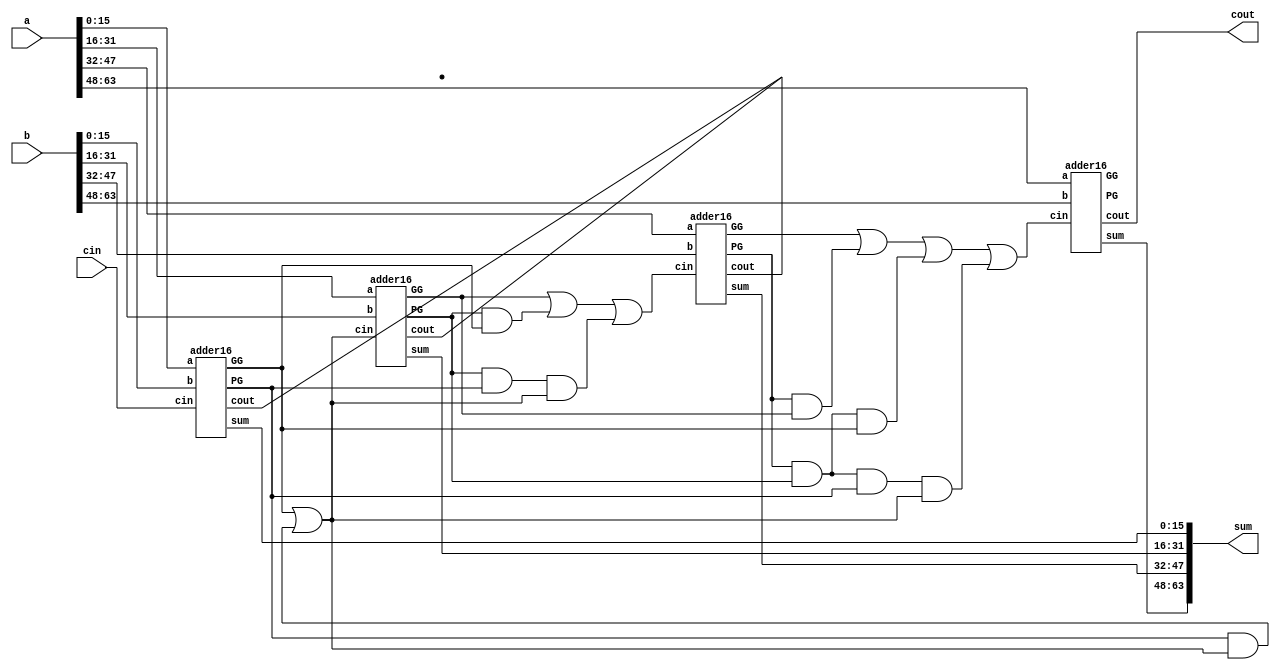

/*
cout,sum = a + b + cin
Carry Lookahead adder
INPUTS:
	a = bit 0
	b = bit 1
	cin = carry in bit
OUTPUTS:
	sum = bit 0 of output
	cout = carry out bit (bit 1 of output)
*/
module adder64(a, b, cin, sum, cout);
	//input declaration
	input [63:0] a, b;
	input cin;
	//output declaration
	output [63:0] sum;
	output cout;
	//port data types
	wire [63:0] a, b, sum;
	wire cin, cout;
	//internal wires
	wire [3:0] C, G, P;
	//code starts here

	//Carry Look-Ahead
	assign C[0] = G[0] | (P[0] & C[0]);
	assign C[1] = G[1] | (P[1] & G[0]) | (P[1] & P[0] & C[0]);
	assign C[2] = G[2] | (P[2] & G[1]) | (P[2] & P[1] & G[0]) | (P[2] & P[1] & P[0] & C[0]);

	//Sum
	adder16 Add0(.a(a[15:0]),	.b(b[15:0]),	.cin(cin),	.sum(sum[15:0]),	.cout(),		.PG(P[0]),	.GG(G[0]));
	adder16 Add1(.a(a[31:16]),	.b(b[31:16]),	.cin(C[0]),	.sum(sum[31:16]),	.cout(),		.PG(P[1]),	.GG(G[1]));
	adder16 Add2(.a(a[47:32]),	.b(b[47:32]),	.cin(C[1]),	.sum(sum[47:32]),	.cout(),		.PG(P[2]),	.GG(G[2]));
	adder16 Add3(.a(a[63:48]),	.b(b[63:48]),	.cin(C[2]),	.sum(sum[63:48]),	.cout(cout),	.PG(P[3]),	.GG(G[3]));

endmodule //adder64

/*
cout,sum = a + b + cin
Carry Lookahead adder
INPUTS:
	a = bit 0
	b = bit 1
	cin = carry in bit
OUTPUTS:
	sum = bit 0 of output
	cout = carry out bit (bit 1 of output)
*/
module adder32(a, b, cin, sum, cout);
	//input declaration
	input [31:0] a, b;
	input cin;
	//output declaration
	output [31:0] sum;
	output cout;
	//port data types
	wire [31:0] a, b, sum;
	wire cin, cout;
	//internal wires
	wire [1:0] C, G, P;
	//code starts here

	//Carry Look-Ahead
	assign C[0] = G[0] | (P[0] & C[0]);

	//Sum
	adder16 Add0(.a(a[15:0]),	.b(b[15:0]),	.cin(cin),	.sum(sum[15:0]),	.cout(),		.PG(P[0]),	.GG(G[0]));
	adder16 Add1(.a(a[31:16]),	.b(b[31:16]),	.cin(C[0]),	.sum(sum[31:16]),	.cout(),		.PG(P[1]),	.GG(G[1]));

endmodule //adder32

/*
cout,sum = a + b + cin
Carry Lookahead
INPUTS:
	a = 25 bits
	b = 25 bits
	cin = carry in bit
OUTPUTS:
	sum = 25 bits
	cout = carry out bit
*/
module adder25(a, b, cin, sum, cout);
	//input declaration
	input [24:0] a, b;
	input cin;
	//output declaration
	output [24:0] sum;
	output cout;
	//internal wires
	wire [2:0] C;
	wire [2:0] P, G;
	//code starts here
	//Carry Look-Ahead
	assign C[0] = G[0] | (P[0] & cin);
	assign C[1] = G[1] | (P[1] & G[0]) | (P[1] & P[0] & C[0]);
	assign C[2] = G[2] | (G[1] & P[2]) | (G[0] & P[1] & P[2]) | (C[0] & P[0] & P[1] & P[2]);

	// create 3 8-bit adders
	adder8 add0(.a(a[7:0]),		.b(b[7:0]),		.cin(cin),	.sum(sum[7:0]),		.cout(), 		.PG(P[0]), .GG(G[0]));
	adder8 add1(.a(a[15:8]),	.b(b[15:8]),	.cin(C[0]),	.sum(sum[15:8]),	.cout(), 		.PG(P[1]), .GG(G[1]));
	adder8 add2(.a(a[23:16]),	.b(b[23:16]),	.cin(C[1]),	.sum(sum[23:16]),	.cout(), 	.PG(P[2]), .GG(G[2]));
	addbit add3(.a(a[24]), .b(b[24]), .cin(C[2]), .sum(sum[24]), .cout(cout));

endmodule //adder25


/*
cout,sum = a + b + cin
Carry Lookahead
INPUTS:
	a = 24 bits
	b = 24 bits
	cin = carry in bit
OUTPUTS:
	sum = 24 bits
	cout = carry out bit
*/
module adder24(a, b, cin, sum, cout);
	//input declaration
	input [23:0] a, b;
	input cin;
	//output declaration
	output [23:0] sum;
	output cout;
	//internal wires
	wire [1:0] C;
	wire [2:0] P, G;
	//code starts here
	//Carry Look-Ahead
	assign C[0] = G[0] | (P[0] & cin);
	assign C[1] = G[1] | (P[1] & G[0]) | (P[1] & P[0] & C[0]);

	// create 3 8-bit adders
	adder8 add0(.a(a[7:0]),		.b(b[7:0]),		.cin(cin),	.sum(sum[7:0]),		.cout(), 		.PG(P[0]), .GG(G[0]));
	adder8 add1(.a(a[15:8]),	.b(b[15:8]),	.cin(C[0]),	.sum(sum[15:8]),	.cout(), 		.PG(P[1]), .GG(G[1]));
	adder8 add2(.a(a[23:16]),	.b(b[23:16]),	.cin(C[1]),	.sum(sum[23:16]),	.cout(cout), 	.PG(P[2]), .GG(G[2]));

endmodule //adder24

/*
cout,sum = a + b + cin
Carry Lookahead
INPUTS:
	a = 16 bits
	b = 16 bits
	cin = carry in bit
OUTPUTS:
	sum = 16 bits
	cout = carry out bit
	PG = Propagation Bit
	GG = Generation Bit
*/
module adder16( a, b, cin, sum, cout, PG, GG);
	//input declaration
	input [15:0] a, b;
	input cin;
	//output declaration
	output [15:0] sum;
	output cout, PG, GG;
	//port data types
	wire [15:0] a, b, sum;
	wire cin, cout;
	//internal wires
	wire [3:0] C, G, P;
	//code starts here
	//Carry Look-Ahead
	assign C[0] = G[0] | (P[0] & cin);
	assign C[1] = G[1] | (P[1] & G[0]) | (P[1] & P[0] & C[0]);
	assign C[2] = G[2] | (P[2] & G[1]) | (P[2] & P[1] & G[0]) | (P[2] & P[1] & P[0] & C[0]);
	assign C[3] = G[3] | (P[3] & G[2]) | (P[3] & P[2] & G[1]) | (P[3] & P[2] & P[1] & G[0]) | (P[3] & P[2] & P[1] & P[0] & C[0]);

	//Sum
	adder4 Add0(.a(a[3:0]),		.b(b[3:0]),		.cin(cin),	.sum(sum[3:0]),		.cout(),		.PG(P[0]),	.GG(G[0]));
	adder4 Add1(.a(a[7:4]),		.b(b[7:4]),		.cin(C[0]),	.sum(sum[7:4]),		.cout(),		.PG(P[1]),	.GG(G[1]));
	adder4 Add2(.a(a[11:8]),	.b(b[11:8]),	.cin(C[1]),	.sum(sum[11:8]),	.cout(),		.PG(P[2]),	.GG(G[2]));
	adder4 Add3(.a(a[15:12]),	.b(b[15:12]),	.cin(C[2]),	.sum(sum[15:12]),	.cout(cout),	.PG(P[3]),	.GG(G[3]));

	//Propogation and Generation
	assign PG = P[3] & P[2] & P[1] & P[0];
	assign GG = C[3];

endmodule //adder16

/*
cout,sum = a + b + cin
Carry Lookahead
INPUTS:
	a = 8 bits
	b = 8 bits
	cin = carry in bit
OUTPUTS:
	sum = 8 bits
	cout = carry out bit
	PG = Propagation Bit
	GG = Generation Bit
*/
module adder8(a, b, cin, sum, cout, PG, GG);
	//input declaration
	input [7:0] a, b;
	input cin;
	//output declaration
	output [7:0] sum;
	output cout, PG, GG;
	//port data types
	wire [7:0] a, b, sum;
	wire cin, cout;
	//internal wires
	wire [1:0] C, G, P;
	//code starts here
	//Carry Look-Ahead
	assign C[0] = G[0] | (P[0] & cin);
	assign C[1] = G[1] | (P[1] & G[0]) | (P[1] & P[0] & C[0]);

	//Sum
	adder4 Add0(.a(a[3:0]),		.b(b[3:0]),		.cin(cin),	.sum(sum[3:0]),		.cout(),		.PG(P[0]),	.GG(G[0]));
	adder4 Add1(.a(a[7:4]),		.b(b[7:4]),		.cin(C[0]),	.sum(sum[7:4]),		.cout(cout),	.PG(P[1]),	.GG(G[1]));

	//Propogation and Generation
	assign PG = P[1] & P[0];
	assign GG = C[1];

endmodule //adder8

/*
cout,sum = a + b + cin
Carry Lookahead
INPUTS:
	a = 4 bits
	b = 4 bits
	cin = carry in bit
OUTPUTS:
	sum = 4 bits
	cout = carry out bit
	PG = Propagation Bit
	GG = Generation Bit
*/
module adder4( a, b, cin, sum, cout, PG, GG);
	//input declaration
	input [3:0] a, b;
	input cin;
	//output declaration
	output [3:0] sum;
	output cout, PG, GG;
	//port data types
	wire [3:0] a, b, sum;
	wire cin, cout;
	//internal wires
	wire [3:0] C, G, P;
	//code starts here
	//Carry Look-Ahead
	assign G = a & b; //Generate
	assign P = a ^ b; //Propagate
	assign C[0] = cin;
	assign C[1] = G[0] | (P[0] & C[0]);
	assign C[2] = G[1] | (P[1] & G[0]) | (P[1] & P[0] & C[0]);
	assign C[3] = G[2] | (P[2] & G[1]) | (P[2] & P[1] & G[0]) | (P[2] & P[1] & P[0] & C[0]);

	//Sum
	assign sum = P ^ C;
	assign cout = G[3] | (P[3] & G[2]) | (P[3] & P[2] & G[1]) | (P[3] & P[2] & P[1] & G[0]) | (P[3] & P[2] & P[1] & P[0] & C[0]);

	//Propogation and Generation
	assign PG = P[3] & P[2] & P[1] & P[0];
	assign GG = G[3] | (P[3] & G[2]) | (P[3] & P[2] & G[1]) | (P[3] & P[2] & P[1] & G[0]);

endmodule //adder4

/*
cout,sum = a + b + cin
INPUTS:
	a = bit 0
	b = bit 1
	cin = carry in bit
OUTPUTS:
	sum = bit 0 of output
	cout = carry out bit (bit 1 of output)
*/
module addbit( a, b, cin, sum, cout);
	//input declaration
	input a, b, cin;
	//output declaration
	output sum, cout;
	//port data types
	wire a, b, cin, sum, cout;
	//internal wires
	wire oA_sum, oA_cout0, oA_cout1, oA_cout2; //and gate outputs
	wire oX_sum; //xor gate outputs
	//code starts here
	// SUM Calculation
	xor X_sum(oX_sum, a, b, cin);
	and A_sum(oA_sum, a, b, cin);
	or  O_sum(sum,oX_sum,oA_sum);

	// COUT Calculation
	and A_cout0(oA_cout0, a, b);
	and A_cout1(oA_cout1, b, cin);
	and A_cout2(oA_cout2, a, cin);
	or  O_cout(cout, oA_cout0, oA_cout1, oA_cout2);

endmodule //addbit